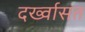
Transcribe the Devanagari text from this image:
दर्ख्वासत